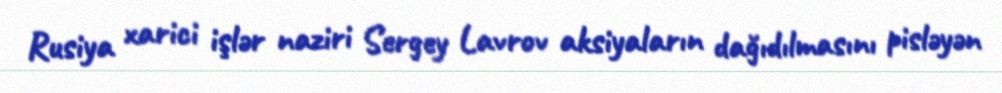
Rusiya xarici işlər naziri Sergey Lavrov aksiyaların dağıdılmasını pisləyən